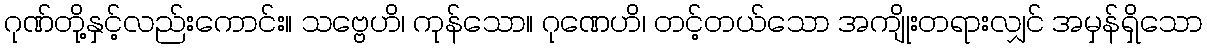
ဂုဏ်တို့နှင့်လည်းကောင်း။ သဗ္ဗေဟိ၊ ကုန်သော။ ဂုဏေဟိ၊ တင့်တယ်သော အကျိုးတရားလျှင် အမှန်ရှိသော